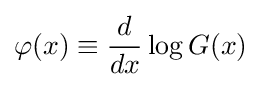
\varphi (x)\equiv {\frac {d}{dx}}\log G(x)